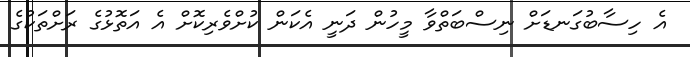
އެ ހިސާބުގަނޑަށް ނިސްބަތްވާ މީހުން ދަނީ އެކަން ކުށްވެރިކޮށް އެ އަތޮޅުގެ ރަށްތަކުގެ